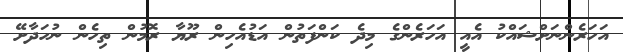
އަހަރެންނަށްޝައްކު އެއީ އަހަރެންގެ މިދެ ކަންފަތުން އަޑުއެހިން ރޫޔާ ރޮމުން ތިހެން ނުހަދާށޭ